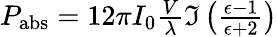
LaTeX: \begin{array}{r}{P_{\mathrm{abs}}=12\pi I_{0}\frac{V}{\lambda}\mathfrak{I}\left(\frac{\epsilon-1}{\epsilon+2}\right)}\end{array}